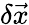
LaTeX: \delta\vec{x}